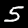
Digit: 5